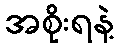
အစိုးရနဲ့